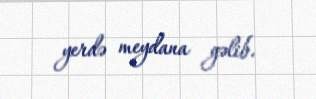
yerdə meydana gəlib.